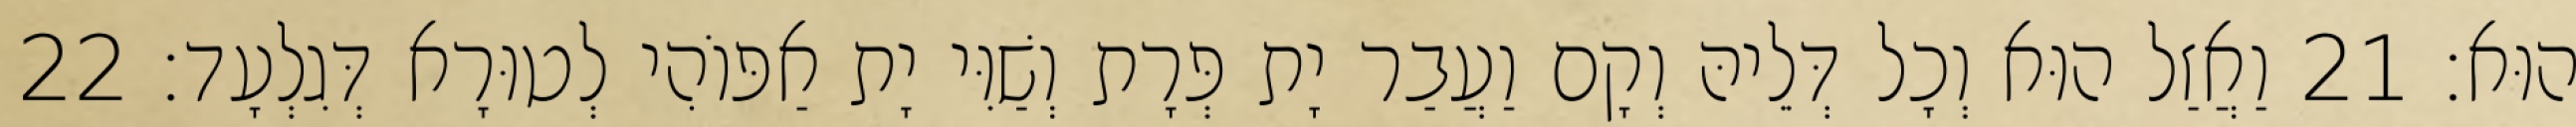
הוּא׃ 21 וַאֲזַל הוּא וְכָל דְּלֵיהּ וְקָם וַעֲבַר יָת פְּרָת וְשַׁוִּי יָת אַפּוֹהִי לְטוּרָא דְּגִלְעָד׃ 22